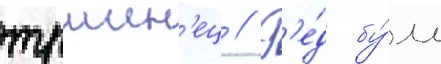
тршин'ец // Р'е́д бу́лл